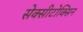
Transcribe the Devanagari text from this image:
सेक्सीटोक्सिन